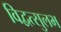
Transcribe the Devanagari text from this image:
विद्वत्सुलभ